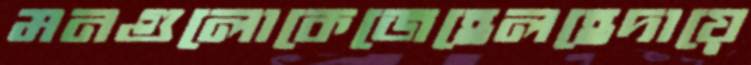
মনগুলোকেজেহেলহেদায়ে